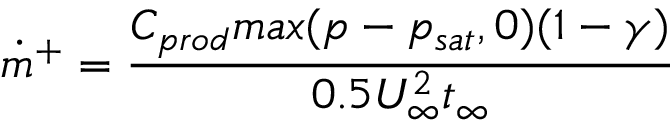
\dot { m } ^ { + } = \frac { C _ { p r o d } m a x ( p - p _ { s a t } , 0 ) ( 1 - \gamma ) } { 0 . 5 U _ { \infty } ^ { 2 } t _ { \infty } }